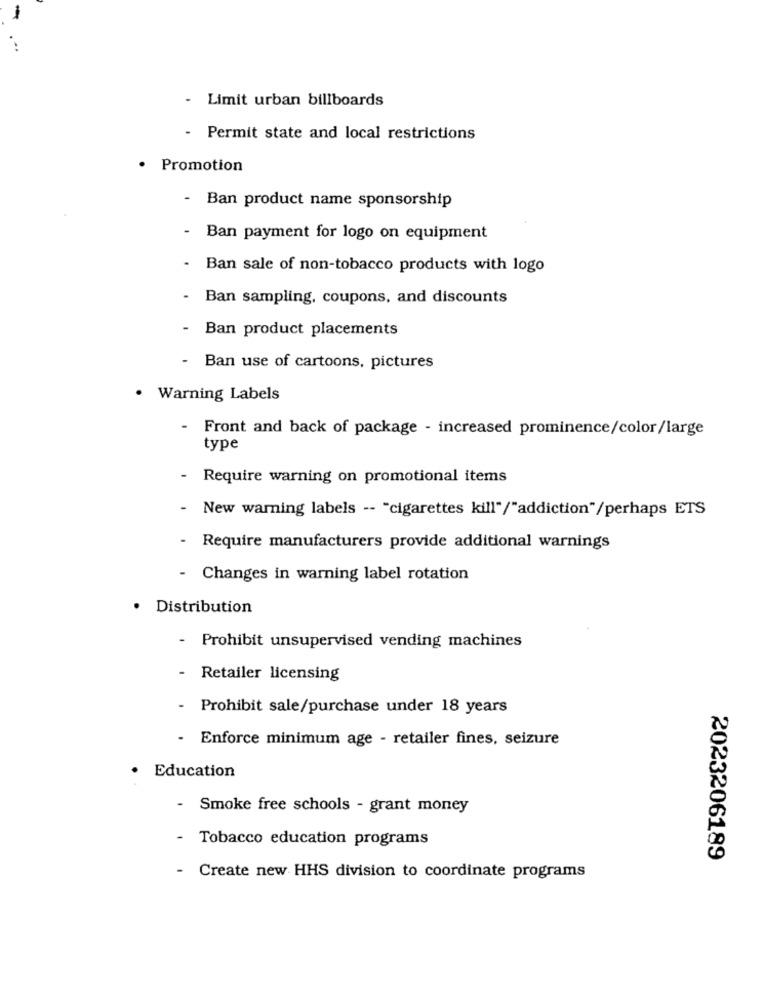
- Limit urban billboards
- Permit state and local restrictions
· Promotion
- Ban product name sponsorship
Ban payment for logo on equipment
Ban sale of non-tobacco products with logo
Ban sampling, coupons, and discounts
- Ban product placements
-
Ban use of cartoons, pictures
· Warning Labels
-
Front and back of package - increased prominence/color/large
type
- Require warning on promotional items
- New warning labels -- "cigarettes kill"/"addiction"/perhaps ETS
- Require manufacturers provide additional warnings
- Changes in warning label rotation
· Distribution
- Prohibit unsupervised vending machines
- Retailer licensing
Prohibit sale/purchase under 18 years
Enforce minimum age - retailer fines, seizure
Education
-
Smoke free schools - grant money
Tobacco education programs
2023206189
- Create new HHS division to coordinate programs